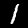
Digit: 1